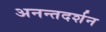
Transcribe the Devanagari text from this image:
अनन्तदर्शन